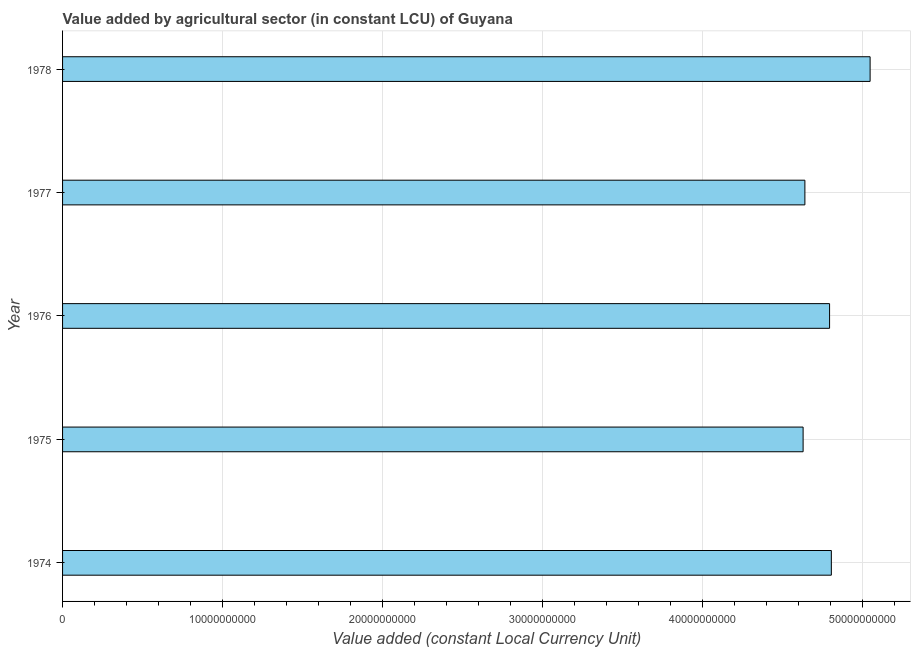
| Year | Agriculture |
 | --- | --- |
 | 1974 | 4.8e+10 |
 | 1975 | 4.63e+10 |
 | 1976 | 4.79e+10 |
 | 1977 | 4.64e+10 |
 | 1978 | 5.05e+10 |